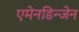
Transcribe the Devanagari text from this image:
एमेनडिन्जेन